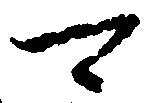
可